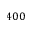
4 0 0